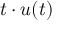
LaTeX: t \cdot u ( t )